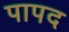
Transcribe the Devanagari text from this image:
पापद